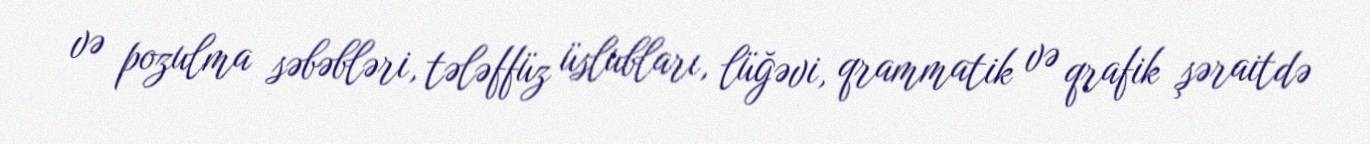
və pozulma səbəbləri, tələffüz üslubları, lüğəvi, qrammatik və qrafik şəraitdə